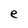
Character: e